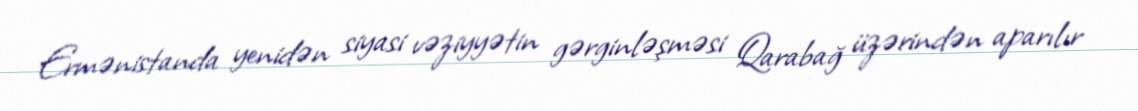
Ermənistanda yenidən siyasi vəziyyətin gərginləşməsi Qarabağ üzərindən aparılır